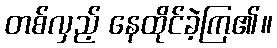
တစ်လှည့် နေထိုင်ခဲ့ကြ၏။